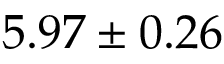
5 . 9 7 \pm 0 . 2 6